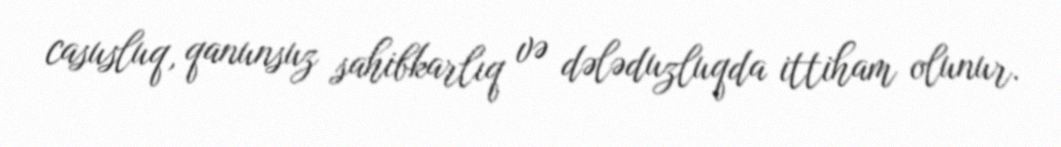
casusluq, qanunsuz sahibkarlıq və dələduzluqda ittiham olunur.